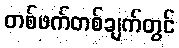
တစ်ဖက်တစ်ချက်တွင်